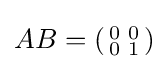
AB=\left({\begin{smallmatrix}0&0\\0&1\end{smallmatrix}}\right)